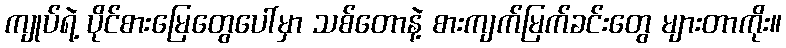
ကျုပ်ရဲ့ ပိုင်စားမြေတွေပေါ်မှာ သစ်တောနဲ့ စားကျက်မြက်ခင်းတွေ များတာကိုး။